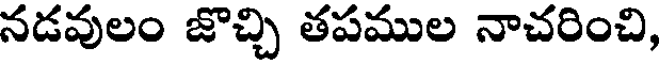
నడవులం జొచ్చి తపముల నాచరించి,